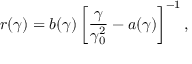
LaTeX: r ( \gamma ) = b ( \gamma ) \left[ \frac { \gamma } { \gamma _ { 0 } ^ { 2 } } - a ( \gamma ) \right] ^ { - 1 } ,